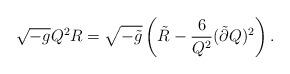
LaTeX: \begin{align*}\sqrt{-g} Q^2 R = \sqrt{-\tilde g} \left( \tilde R -\frac{6}{Q^2}(\tilde\partial Q)^2 \right) .\end{align*}